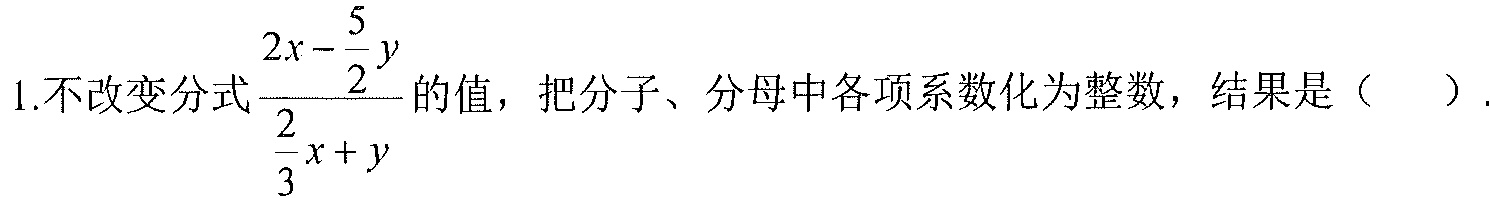
1.不改变分式\(\dfrac{2x-\dfrac{5}{2}y}{\dfrac{2}{3}x + y}\)的值，把分子、分母中各项系数化为整数，结果是（  ）.